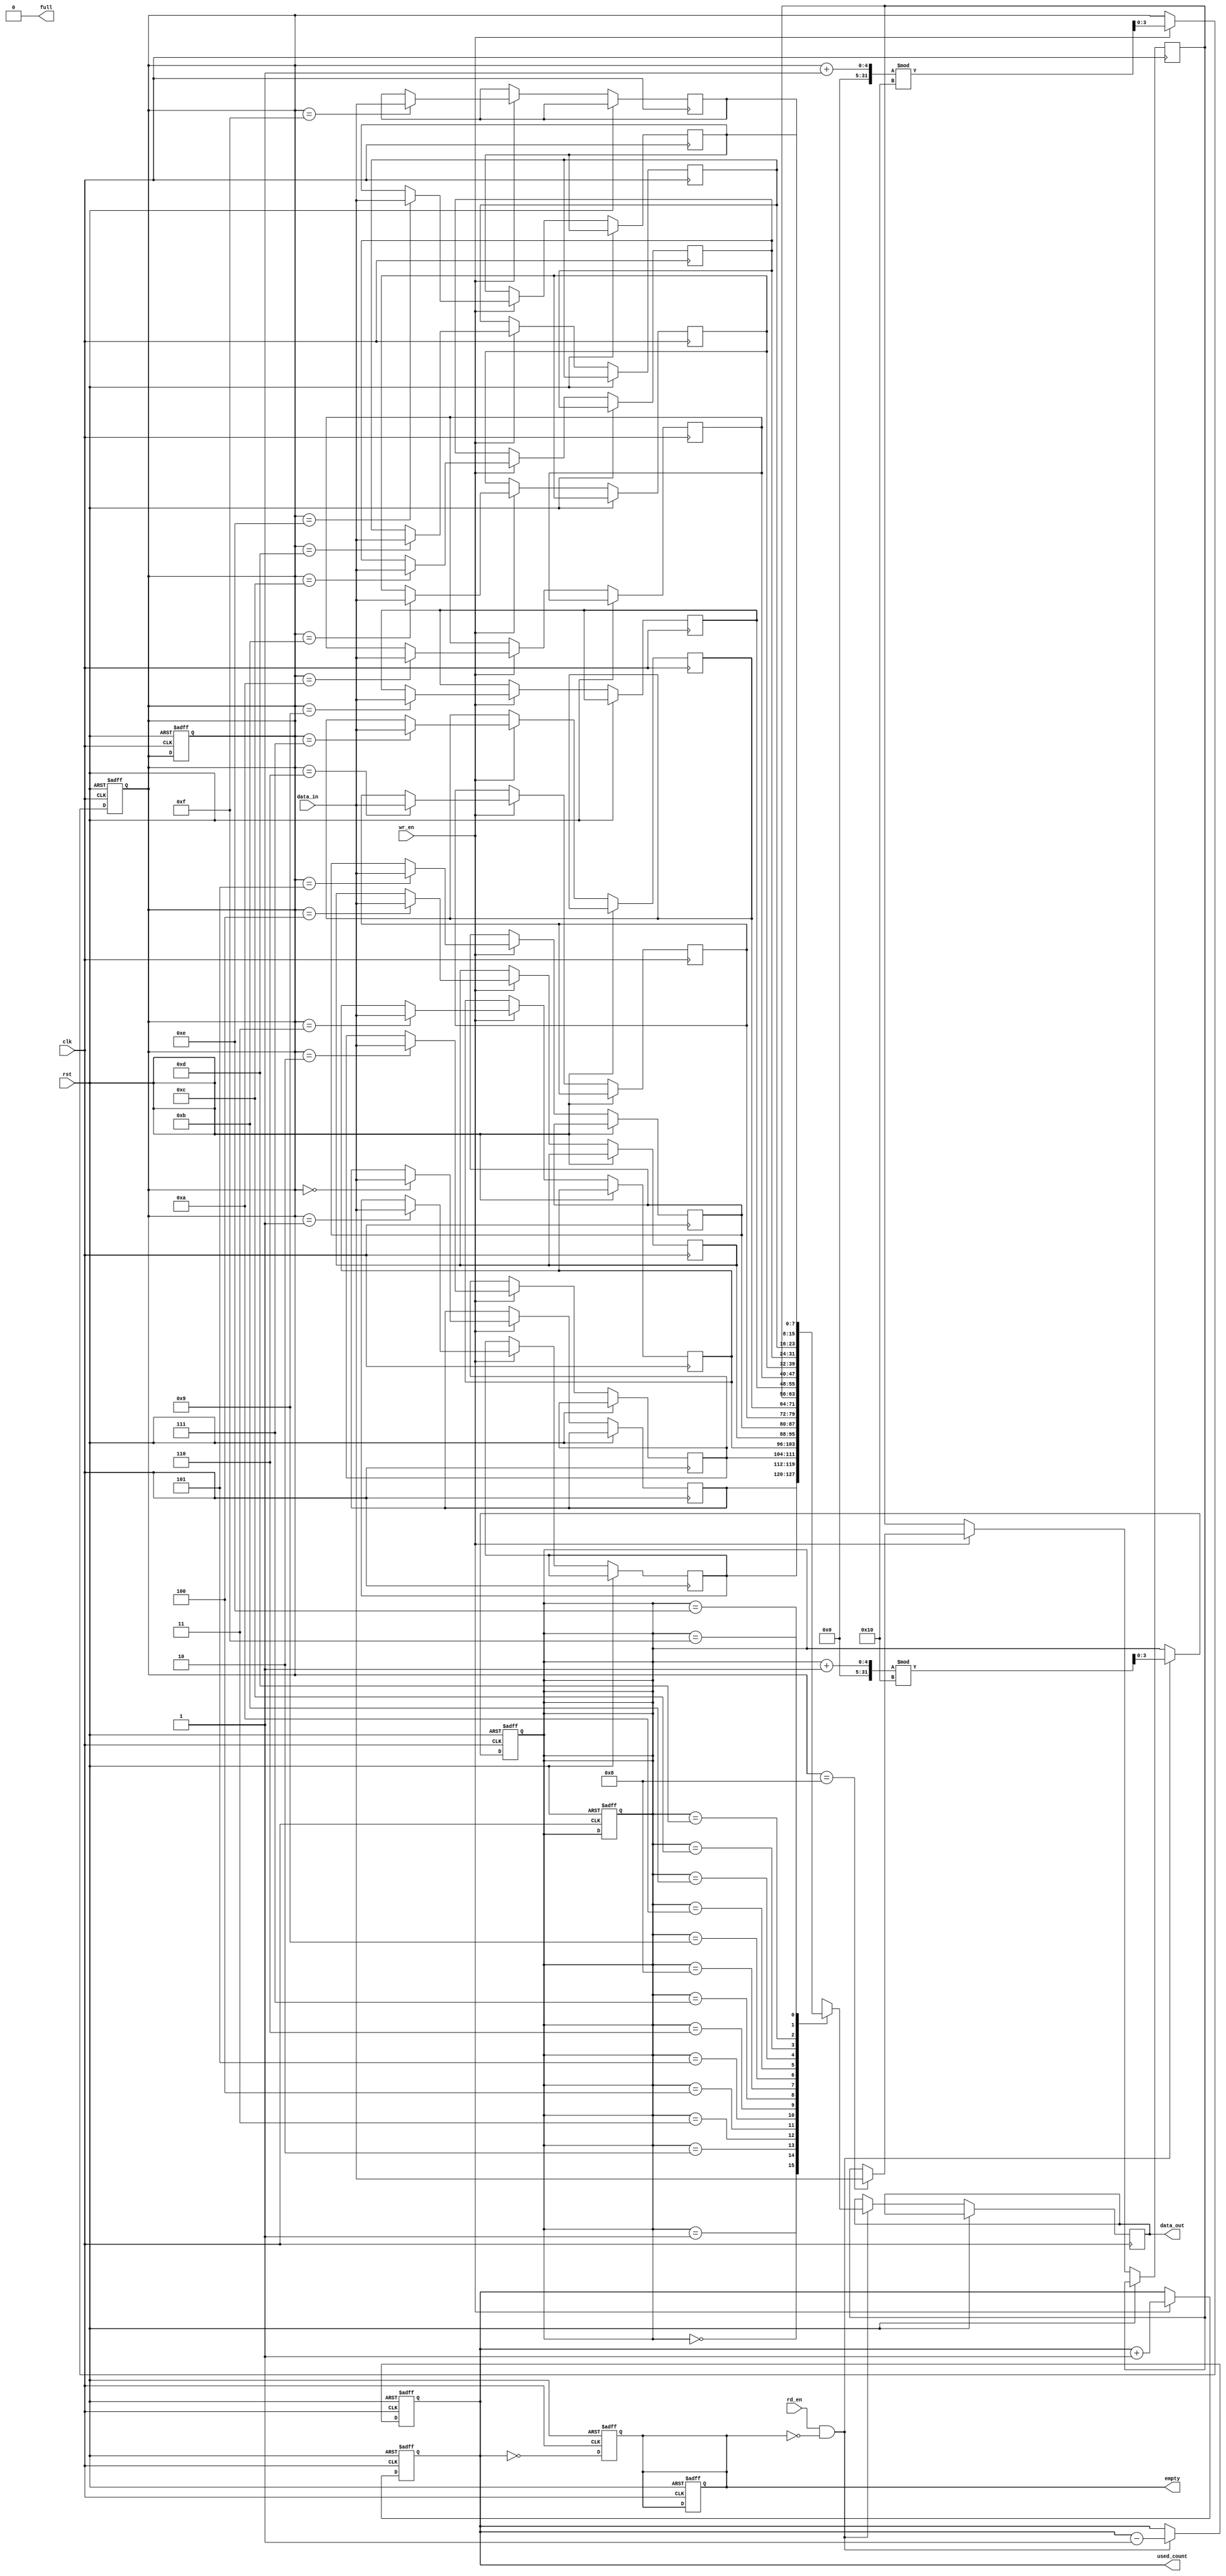
module parameterized_fifo #(
    parameter DEPTH = 16,  // Must be a power of two
    parameter WIDTH = 8    // Width of each data entry
)(
    input wire clk,
    input wire rst,
    input wire wr_en,
    input wire rd_en,
    input wire [WIDTH-1:0] data_in,
    output reg [WIDTH-1:0] data_out,
    output reg full,
    output reg empty,
    output reg [clog2(DEPTH)-1:0] used_count
);

    // Memory array to hold the FIFO data
    reg [WIDTH-1:0] fifo_mem [0:DEPTH-1];
    
    // Read and write pointers
    reg [clog2(DEPTH)-1:0] wr_ptr;
    reg [clog2(DEPTH)-1:0] rd_ptr;

    // Function to calculate log base 2
    function integer clog2;
        input integer value;
        begin
            clog2 = 0;
            while (2**clog2 < value) begin
                clog2 = clog2 + 1;
            end
        end
    endfunction

    // Initial conditions
    initial begin
        full = 1'b0;
        empty = 1'b1;
        used_count = 0;
        wr_ptr = 0;
        rd_ptr = 0;
    end

    // Write operation
    always @(posedge clk or posedge rst) begin
        if (rst) begin
            wr_ptr <= 0;
            rd_ptr <= 0;
            used_count <= 0;
            full <= 1'b0;
            empty <= 1'b1;
        end else begin
            if (wr_en && !full) begin
                fifo_mem[wr_ptr] <= data_in; // Write data to FIFO
                wr_ptr <= (wr_ptr + 1) % DEPTH; // Increment write pointer
                used_count <= used_count + 1; // Increment used count
            end
        end
    end

    // Read operation
    always @(posedge clk or posedge rst) begin
        if (rst) begin
            wr_ptr <= 0;
            rd_ptr <= 0;
            used_count <= 0;
            full <= 1'b0;
            empty <= 1'b1;
        end else begin
            if (rd_en && !empty) begin
                data_out <= fifo_mem[rd_ptr]; // Read data from FIFO
                rd_ptr <= (rd_ptr + 1) % DEPTH; // Increment read pointer
                used_count <= used_count - 1; // Decrement used count
            end
        end
    end

    // Update full and empty flags
    always @(posedge clk or posedge rst) begin
        if (rst) begin
            full <= 1'b0;
            empty <= 1'b1;
        end else begin
            full <= (used_count == DEPTH);
            empty <= (used_count == 0);
        end
    end

endmodule